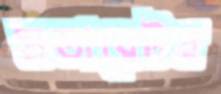
মডারেটর